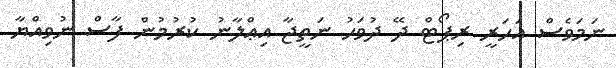
ނަމަވެސް އަހަރީ ރިޕޯޓް ދޭ ދުވަހު ނަތީޖާ އިޢްލާނު ކުރުމުން ފާސް ނުވިއްޔާ